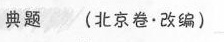
典题 (北京卷·改编)